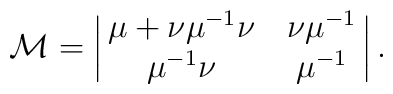
{\cal M} = \left |\matrix{\mu+ \nu \mu^{-1} \nu  & \nu \mu^{-1}  \cr\mu^{-1} \nu &  \mu^{-1} \cr}\right |.